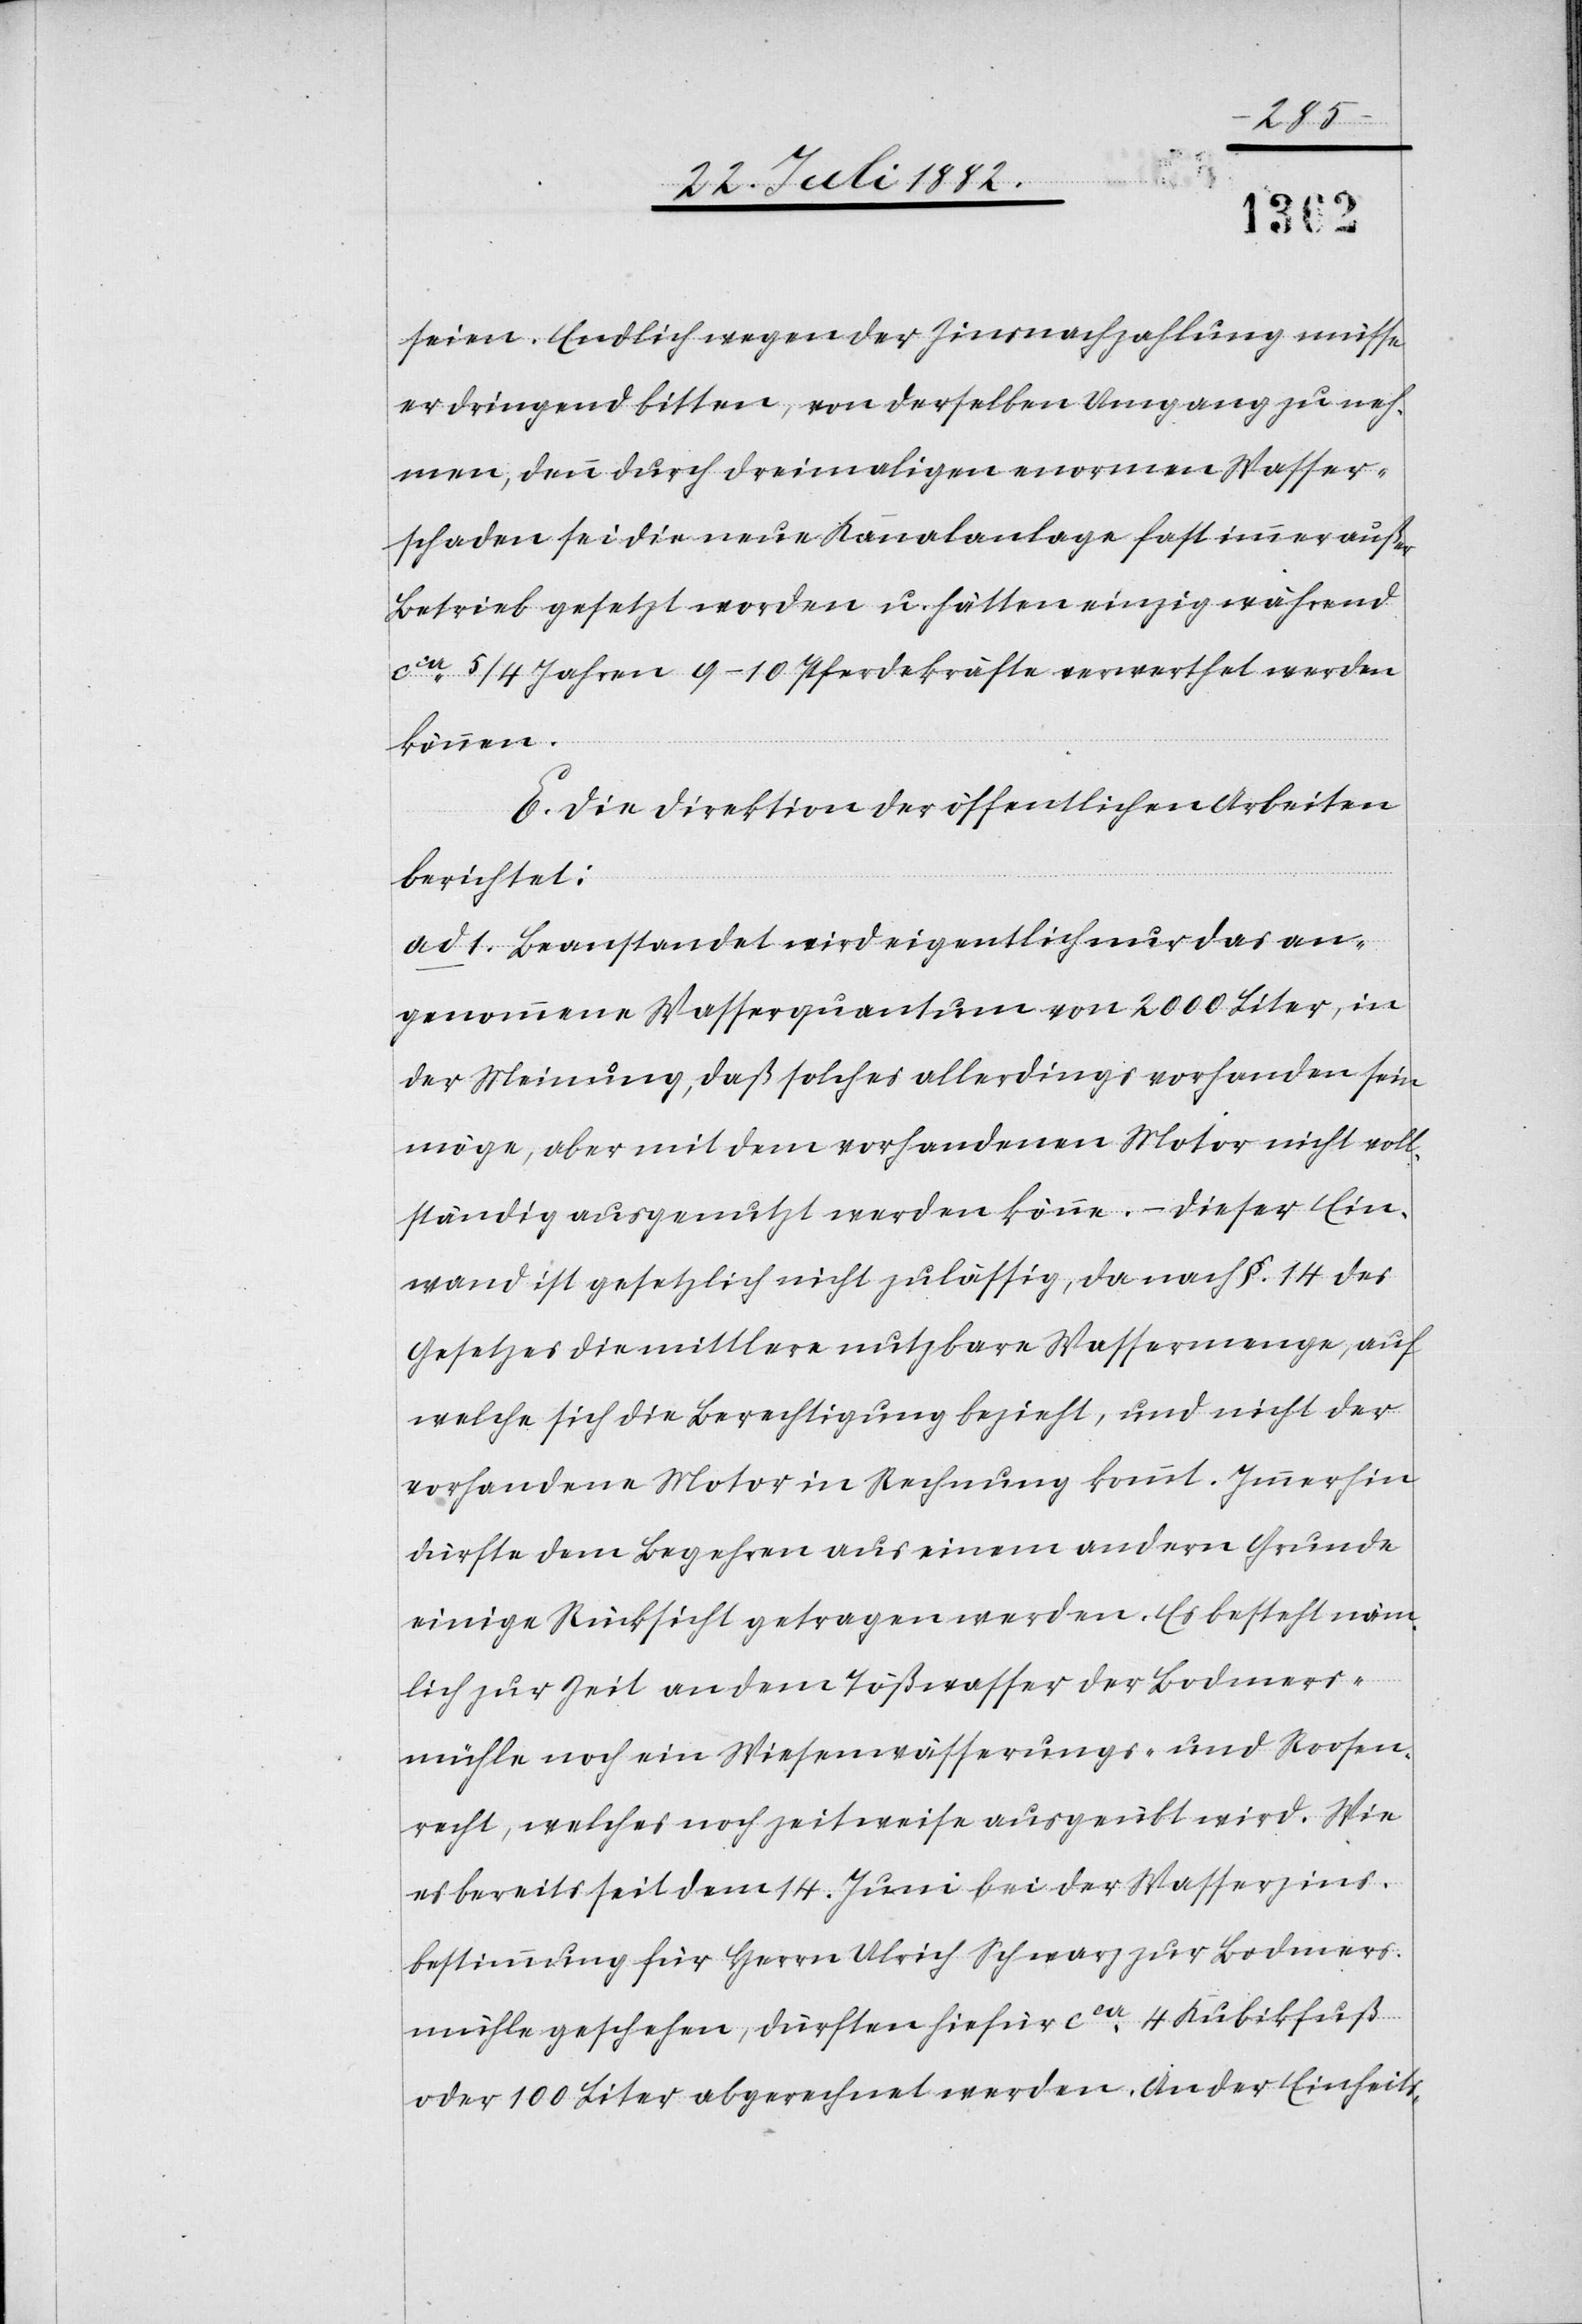
seien. Endlich wegen der Zinsnachzahlung müsse
er dringend bitten, von derselben Umgang zu neh¬
men, denn durch dreimaligen enormen Wasser¬
schaden sei die neue Kanalanlage fast immer außer
Betrieb gesetzt worden u. hätten einzig während
ca 5/4 Jahren 9–10 Pferdekräfte verwerthet werden
können.
E. Die Direktion der öffentlichen Arbeiten
berichtet:
ad 1. Beanstandet wird eigentlich nur das an¬
genommene Wasserquantum von 2000 Liter, in
der Meinung, daß solches allerdings vorhanden sein
möge, aber mit dem vorhandenen Motor nicht voll¬
ständig ausgenutzt werden könne. – Dieser Ein¬
wand ist gesetzlich nicht zulässig, da nach §. 14 des
Gesetzes die mittlere nutzbare Wassermenge, auf
welche sich die Berechtigung bezieht, und nicht der
vorhandene Motor in Rechnung kommt. Immerhin
dürfte dem Begehren aus einem andern Grunde
einige Rücksicht getragen werden. Es besteht näm¬
lich zur Zeit an dem Tößwasser der Bodmers¬
mühle noch ein Wiesenwässerungs- und Roosen¬
recht, welches noch zeitweise ausgeübt wird. Wie
es bereits seit dem 14. Juni bei der Wasserzins¬
bestimmung für Herrn Ulrich Schwarz zur Bodmers¬
mühle geschehen, dürften hiefür ca 4 Kubikfuß
oder 100 Liter abgerechnet werden. An der Einheits-